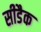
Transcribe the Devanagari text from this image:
सीडैक